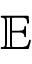
\mathbf { \mathbb { E } }